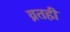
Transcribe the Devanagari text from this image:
व्रतही